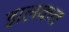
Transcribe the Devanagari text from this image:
झलकत